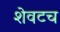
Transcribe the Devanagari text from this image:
शेवटच